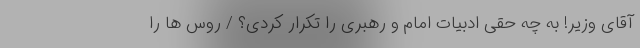
آقای وزیر! به چه حقی ادبیات امام و رهبری را تکرار کردی؟ / روس ها را